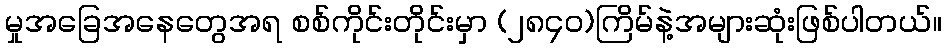
မှုအခြေအနေတွေအရ စစ်ကိုင်းတိုင်းမှာ (၂၈၄၀)ကြိမ်နဲ့အများဆုံးဖြစ်ပါတယ်။